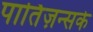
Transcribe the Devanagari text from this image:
पार्तिज़न्सके